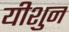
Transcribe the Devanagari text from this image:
यीशुन